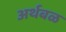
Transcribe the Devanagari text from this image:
अर्थबळ